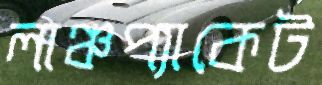
লাঞ্চপ্যাকেট